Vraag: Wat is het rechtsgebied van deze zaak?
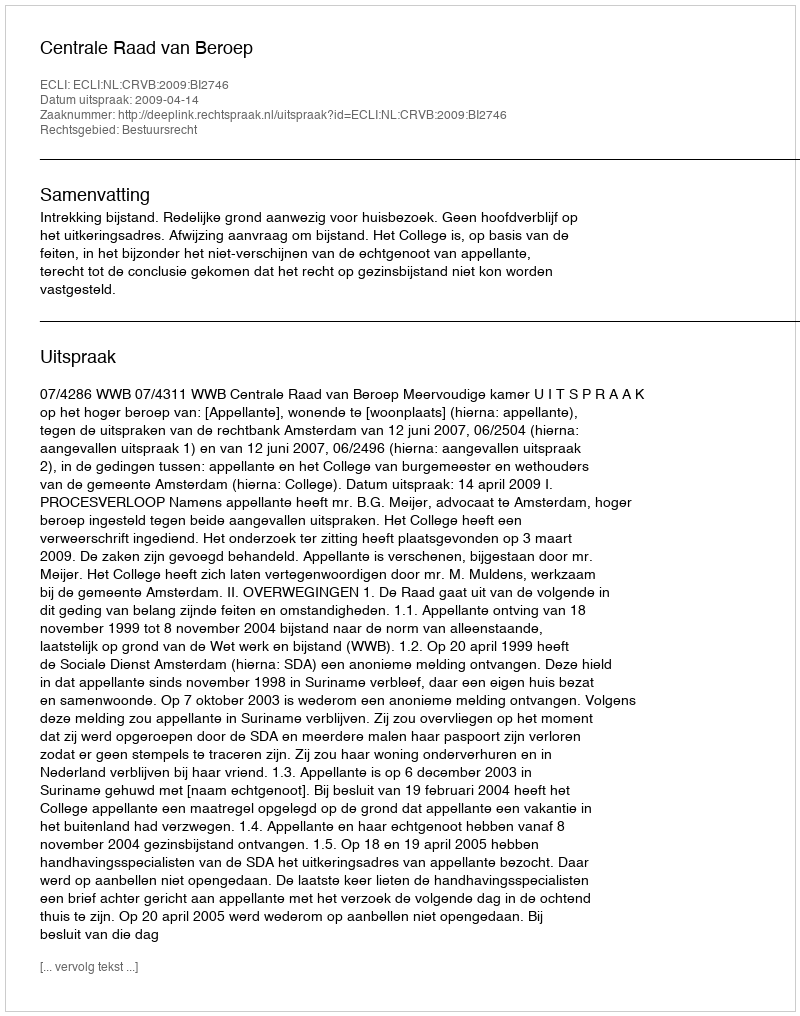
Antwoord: Bestuursrecht